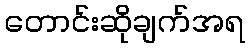
တောင်းဆိုချက်အရ